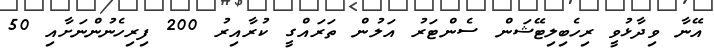
އޭނާ ވިދާޅުވީ ރިހެބިލިޓޭޝަން ސެންޓަރު އަލުން ތަރައްގީ ކުރާއިރު 200 ފިރިހެނުންނަށާއި 50